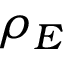
\rho _ { E }